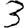
Digit: 3